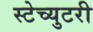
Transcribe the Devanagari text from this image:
स्टेच्युटरी